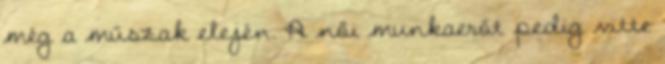
még a műszak elején. A női munkaerőt pedig vitte